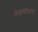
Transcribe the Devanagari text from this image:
लेखणीलाच